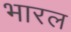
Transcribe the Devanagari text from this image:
भारल